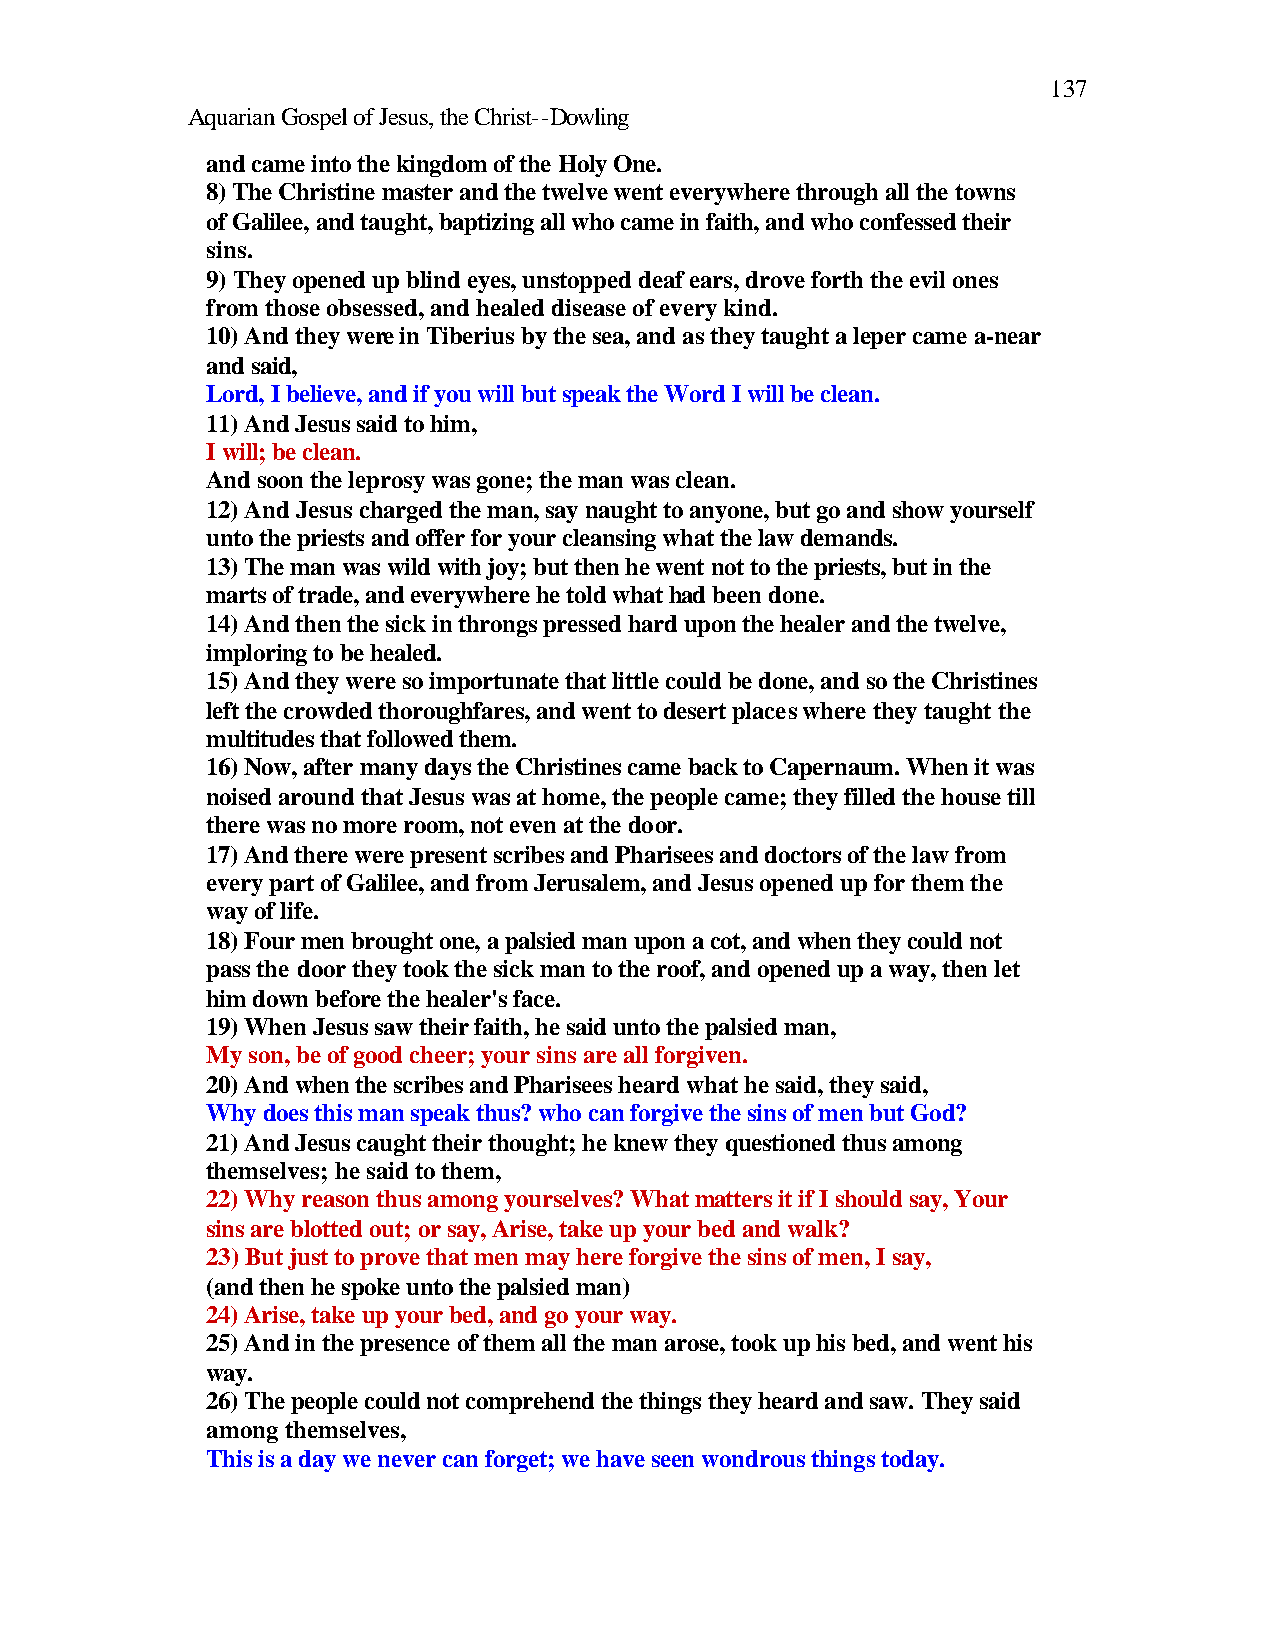
137
 Aquarian Gospel of Jesus, the Christ--Dowling
 and came into the kingdom of the Holy One.
 8) The Christine master and the twelve went everywhere through all the towns
 of Galilee, and taught, baptizing all who came in faith, and who confessed their
 sins.
 9) They opened up blind eyes, unstopped deaf ears, drove forth the evil ones
 from those obsessed, and healed disease of every kind.
 10) And they were in Tiberius by the sea, and as they taught a leper came a-near
 and said,
 Lord, I believe, and if you will but speak the Word I will be clean.
 11) And Jesus said to him,
 I will; be clean.
 And soon the leprosy was gone; the man was clean.
 12) And Jesus charged the man, say naught to anyone, but go and show yourself
 unto the priests and offer for your cleansing what the law demands.
 13) The man was wild with joy; but then he went not to the priests, but in the
 marts of trade, and everywhere he told what had been done.
 14) And then the sick in throngs pressed hard upon the healer and the twelve,
 imploring to be healed.
 15) And they were so importunate that little could be done, and so the Christines
 left the crowded thoroughfares, and went to desert places where they taught the
 multitudes that followed them.
 16) Now, after many days the Christines came back to Capernaum. When it was
 noised around that Jesus was at home, the people came; they filled the house till
 there was no more room, not even at the door.
 17) And there were present scribes and Pharisees and doctors of the law from
 every part of Galilee, and from Jerusalem, and Jesus opened up for them the
 way of life.
 18) Four men brought one, a palsied man upon a cot, and when they could not
 pass the door they took the sick man to the roof, and opened up a way, then let
 him down before the healer's face.
 19) When Jesus saw their faith, he said unto the palsied man,
 My son, be of good cheer; your sins are all forgiven.
 20) And when the scribes and Pharisees heard what he said, they said,
 Why does this man speak thus? who can forgive the sins of men but God?
 21) And Jesus caught their thought; he knew they questioned thus among
 themselves; he said to them,
 22) Why reason thus among yourselves? What matters it if I should say, Your
 sins are blotted out; or say, Arise, take up your bed and walk?
 23) But just to prove that men may here forgive the sins of men, I say,
 (and then he spoke unto the palsied man)
 24) Arise, take up your bed, and go your way.
 25) And in the presence of them all the man arose, took up his bed, and went his
 way.
 26) The people could not comprehend the things they heard and saw. They said
 among themselves,
 This is a day we never can forget; we have seen wondrous things today.